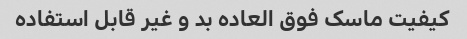
کیفیت ماسک فوق العاده بد و غیر قابل استفاده